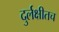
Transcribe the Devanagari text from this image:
दुर्लक्षीतच